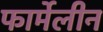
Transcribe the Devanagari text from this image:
फार्मेलीन